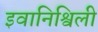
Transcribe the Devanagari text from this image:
इवानिश्विली